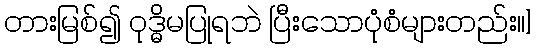
တားမြစ်၍ ဝုဒ္ဓိမပြုရဘဲ ပြီးသောပုံစံများတည်း၊၊]